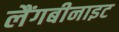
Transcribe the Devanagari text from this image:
लैंगबीनाइट